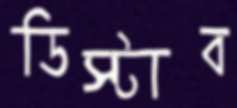
ডিস্টাব